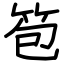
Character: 笣